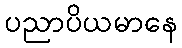
ပညာပိယမာနေ